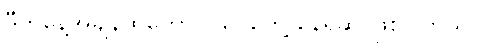
ဒီကနေ့အချိန်ထိတောင် မြင်တွေ့ နေရဆဲ ဖြစ်ပါတယ်။